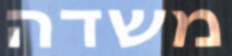
משדה